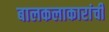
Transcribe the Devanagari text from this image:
बालकलाकारांची